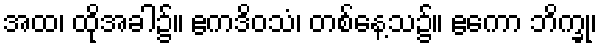
အထ၊ ထိုအခါ၌။ ဧကဒိဝသံ၊ တစ်နေ့သ၌။ ဧကော ဘိက္ခု၊